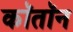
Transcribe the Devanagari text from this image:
कॉतॉन